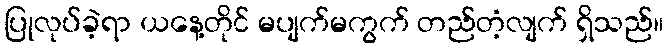
ပြုလုပ်ခဲ့ရာ ယနေ့တိုင် မပျက်မကွက် တည်တံ့လျက် ရှိသည်။